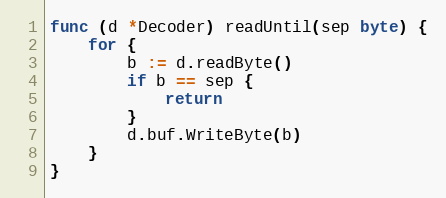
Language: Go
func (d *Decoder) readUntil(sep byte) {
	for {
		b := d.readByte()
		if b == sep {
			return
		}
		d.buf.WriteByte(b)
	}
}